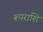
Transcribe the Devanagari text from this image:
रूपराशि